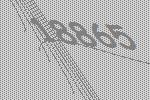
18865